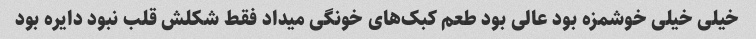
خیلی خیلی خوشمزه بود عالی بود طعم کبک‌های خونگی میداد فقط شکلش قلب نبود دایره بود